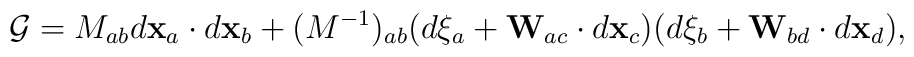
{\cal G}=M_{ab}d{\bf x}_a\cdot d{\bf x}_b+(M^{-1})_{ab}(d\xi_a+{\bf W}_{ac}\cdot d{\bf x}_c)(d\xi_b+{\bf W}_{bd}\cdot d{\bf x}_d) ,